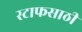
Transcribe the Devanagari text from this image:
स्टाफसाठी